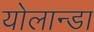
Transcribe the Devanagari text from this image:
योलान्डा